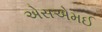
એસએમઈ